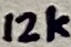
Text: 12k